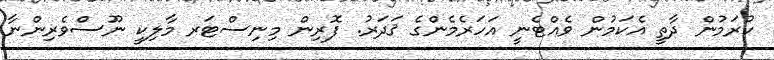
ކުރަމުން ދާތީ އެކަމުން ވެއްޓެނީ އަހަރެމެންގެ ޤަދަރު. ފޮރިން މިނިސްޓަރ މާލިކީ ނޫސްވެރިންނާ